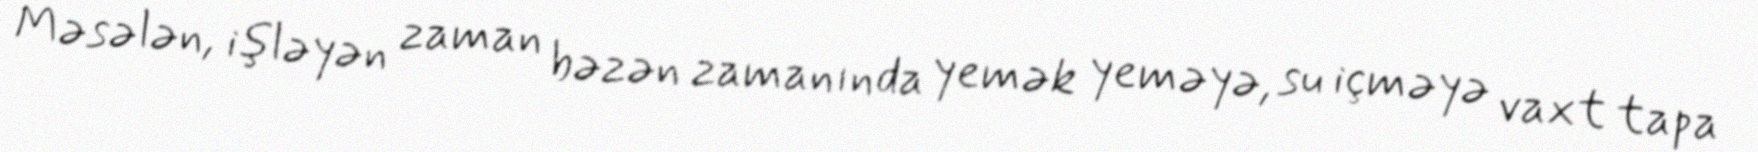
Məsələn, işləyən zaman bəzən zamanında yemək yeməyə, su içməyə vaxt tapa